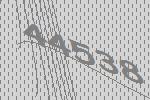
44538